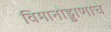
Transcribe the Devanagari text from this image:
विमानोड्डाणाचे